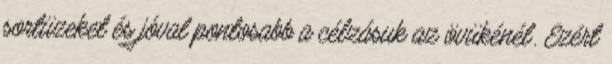
sortüzeket és jóval pontosabb a célzásuk az övükénél. Ezért